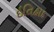
ઇતિહાદ